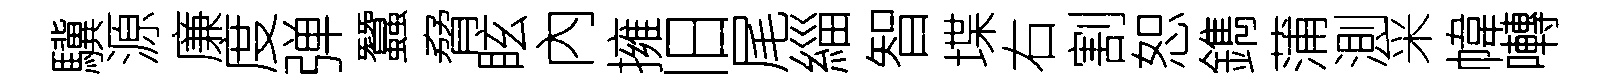
驥源廉度弹蠶脅眩內擁旧尾緇智堞右割恕鐫蒲測采幃囀